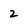
Character: 2